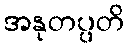
အနုတပ္ပတိ